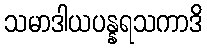
သမာဒါယပန္နရသကာဒိ